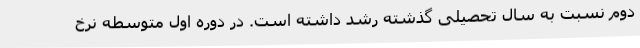
دوم نسبت به سال تحصیلی گذشته رشد داشته است. در دوره اول متوسطه نرخ